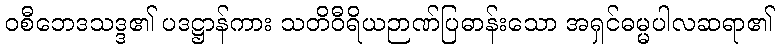
ဝစီဘေဒသဒ္ဒ၏ ပဒဋ္ဌာန်ကား သတိဝီရိယဉာဏ်ပြဓာန်းသော အရှင်ဓမ္မပါလဆရာ၏